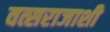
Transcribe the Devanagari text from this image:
वत्सराजाशी